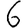
Digit: 6